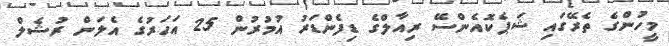
މީހުންގެ ތެރޭގައި ޝަޕެކޮއެންސޭ ރިއާލްގެ ޑިފެންޑަރު އުމުރުން 25 އަހަރުގެ އެލަން ރުޝެލް